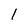
Character: 1